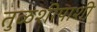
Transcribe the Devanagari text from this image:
तुळशीपाशी